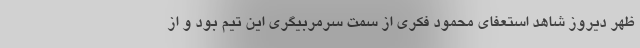
ظهر دیروز شاهد استعفای محمود فکری از سمت سرمربیگری این تیم بود و از